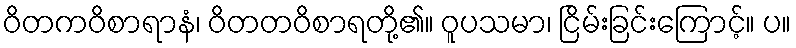
ဝိတကဝိစာရာနံ၊ ဝိတတဝိစာရတို့၏။ ဝူပသမာ၊ ငြိမ်းခြင်းကြောင့်။ ပ။